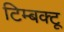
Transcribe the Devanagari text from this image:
टिम्बक्टू